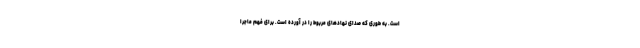
است. به طوری که صدای نهادهای مربوط را در آورده است. برای فهم ماجرا